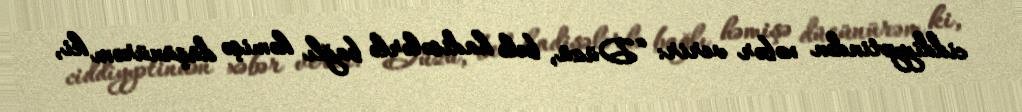
ciddiyyətindən xəbər verir: “Düzü, belə hadisələrlə bağlı həmişə düşünürəm ki,